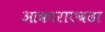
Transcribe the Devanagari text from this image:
आकाराएवढा